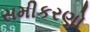
સમીકરણો